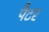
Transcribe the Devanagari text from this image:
पैटर